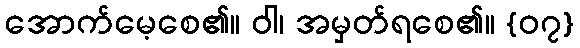
အောက်မေ့စေ၏။ ဝါ၊ အမှတ်ရစေ၏။ {၀၇}